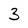
Character: 3